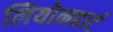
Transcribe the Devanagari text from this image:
लियोनहार्ट